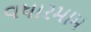
વધારમામ